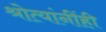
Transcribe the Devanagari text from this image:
श्रोत्यांनींही